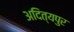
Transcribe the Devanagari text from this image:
अदित्यपुर